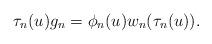
LaTeX: \begin{align*}\tau_n(u)g_n=\phi_n(u){w}_n(\tau_n(u)).\end{align*}